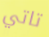
تاتي